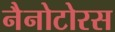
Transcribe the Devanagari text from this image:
नैनोटोरस